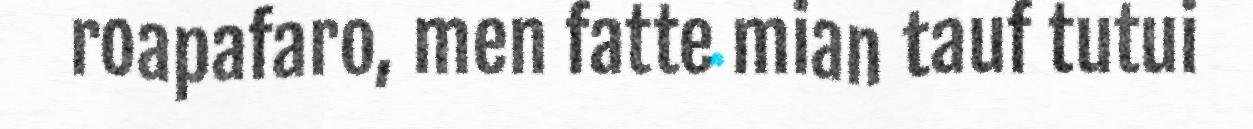
roapafaro, men fatte mian tauf tutui